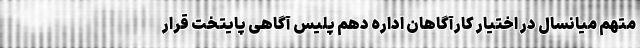
متهم میانسال در اختیار کارآگاهان اداره دهم پلیس آگاهی پایتخت قرار